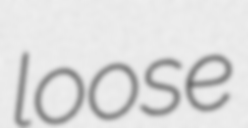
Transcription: loose